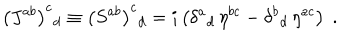
\left( J ^ { a b } \right) ^ { c } { } _ { d } \equiv \left( S ^ { a b } \right) ^ { c } { } _ { d } = i \left( \delta ^ { a } { } _ { d } \, \eta ^ { b c } - \delta ^ { b } { } _ { d } \, \eta ^ { a c } \right) \; .